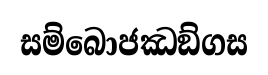
සම්බොජඣඞ්ගස